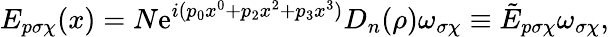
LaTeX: E_{p\sigma\chi}(x)=N\mathrm{e}^{i(p_{0}x^{0}+p_{2}x^{2}+p_{3}x^{3})}D_{n}(\rho)\omega_{\sigma\chi}\equiv\tilde{E}_{p\sigma\chi}\omega_{\sigma\chi},